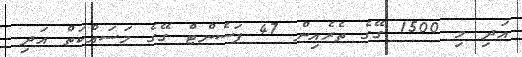
އަދި މި 1500 ގޭގެ ތެރެއިން 47 ޕަސެންޓް ގޭގެ މަސައްކަތް އަދި